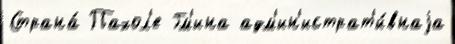
Страна́ Пахол'е Гм'ина адм'ин'истрат'и́внаjа